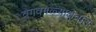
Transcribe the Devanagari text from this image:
वेगवेगळ्याक्षेत्रात